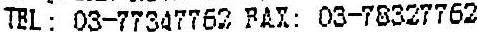
TEL: 03-77347762 FAX: 03-78327762